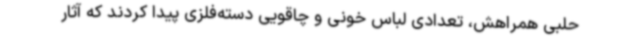
حلبی همراهش، تعدادی لباس‌ خونی و چاقویی دسته‌فلزی پیدا کردند که آثار